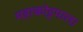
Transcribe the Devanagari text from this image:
महाकोट्टपाल।